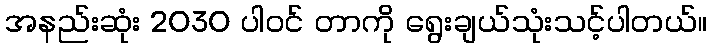
အနည်းဆုံး 2030 ပါဝင် တာကို ရွေးချယ်သုံးသင့်ပါတယ်။